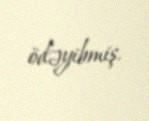
ödəyibmiş.